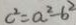
c ^ { 2 } = a ^ { 2 } - b ^ { 2 }